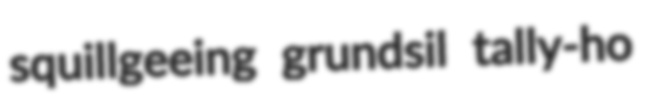
squillgeeing grundsil tally-ho